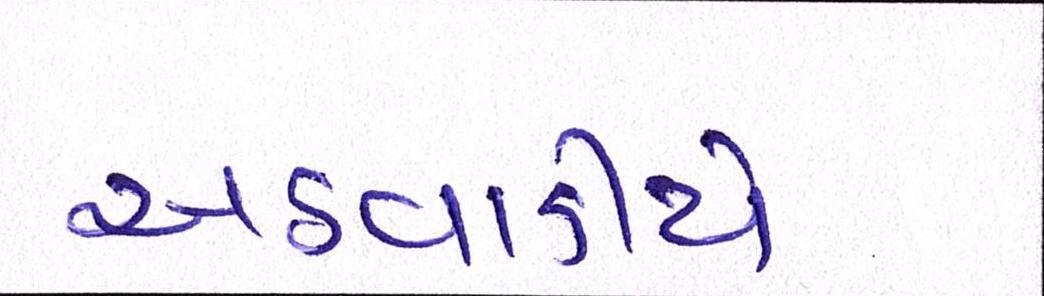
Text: અઠવાડીયે